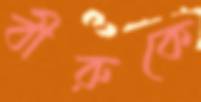
বীরুকে